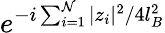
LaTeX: e^{-i\sum_{i=1}^{\mathcal{N}}|z_{i}|^{2}/4l_{B}^{2}}